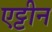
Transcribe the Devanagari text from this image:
एट्टीन